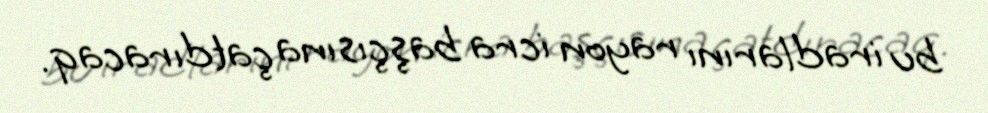
bu iradlarını rayon icra başçısına çatdıracaq.